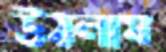
উঠলাম